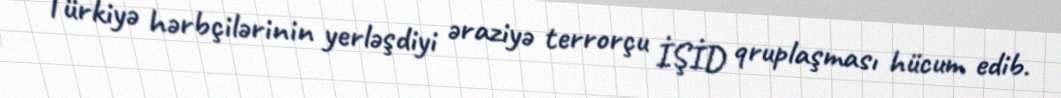
Türkiyə hərbçilərinin yerləşdiyi əraziyə terrorçu İŞİD qruplaşması hücum edib.